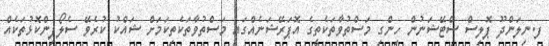
ފ.ނިލަންދޫ ޕޮލިސް ސްޓޭޝަނުން ހިންގި މަސްތުވާތަކެތީގެ އޮޕަރޭޝަނެއްގައި މަސްތުވާތަކެތިކަމަށް ޝައްކު ކުރެވޭ ސެލޯފިންކޮޅުތަކެއް